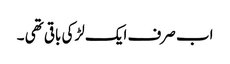
اب صرف ایک لڑکی باقی تھی ۔